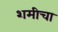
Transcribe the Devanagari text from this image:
शमीचा